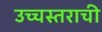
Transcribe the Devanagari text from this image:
उच्चस्तराची